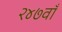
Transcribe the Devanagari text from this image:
२४७वाँ